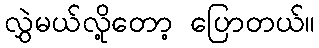
လွှဲမယ်လို့တော့ ပြောတယ်။